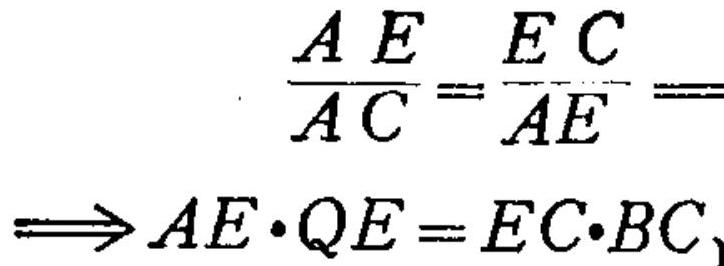
\begin{align*}
\frac{AE}{AC}&=\frac{EC}{AE}\\
\Longrightarrow AE\cdot QE&=EC\cdot BC
\end{align*}